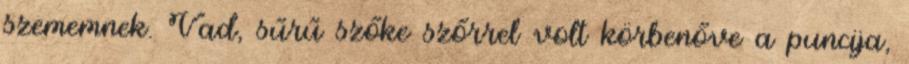
szememnek. Vad, sűrű szőke szőrrel volt körbenőve a puncija,